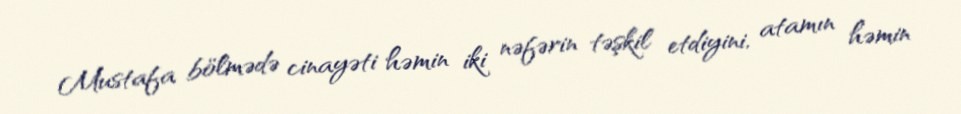
Mustafa bölmədə cinayəti həmin iki nəfərin təşkil etdiyini, atamın həmin